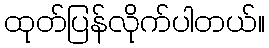
ထုတ်ပြန်လိုက်ပါတယ်။